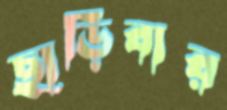
ছাড়িবার